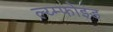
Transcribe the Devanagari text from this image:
ल्य्म्फोइड